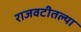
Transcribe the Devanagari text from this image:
राजवटीतल्या